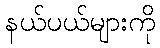
နယ်ပယ်များကို